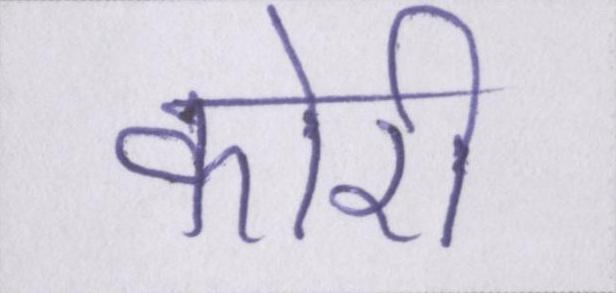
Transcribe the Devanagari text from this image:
कोरी